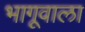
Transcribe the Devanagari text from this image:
भागूवाला